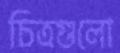
চিত্রগুলো